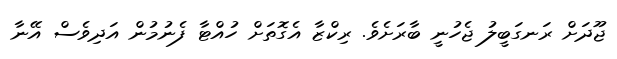
ޖޫދަށް ރަނގަބީލު ޖެހުނީ ބާރަށެވެ. ރިކްޒާ އެގޮތަށް ހުއްޓާ ފެނުމުން އަދިވެސް އޭނާ